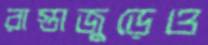
রাস্তাজুড়েও